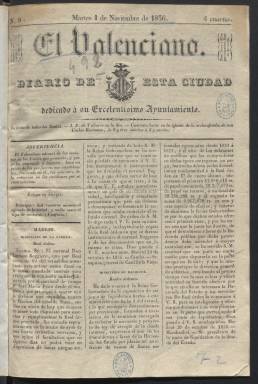
Título: El Valenciano (Valencia)
Colección: Periódicos anteriores a 1850
Ámbito geográfico: Valencia
Lugar de publicación: Valencia
Fechas: 01/11/1836-15/11/1836